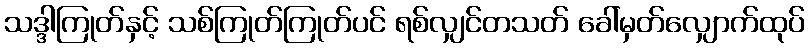
သဒ္ဒါကြုတ်နှင့် သစ်ကြုတ်ကြုတ်ပင် ရစ်လျှင်တသတ် ခေါ်မှတ်လျှောက်ထုပ်